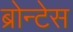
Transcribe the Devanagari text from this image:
ब्रोन्टेस